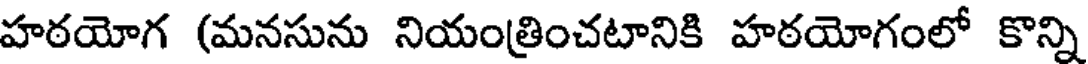
హఠయోగ (మనసును నియంత్రించటానికి హఠయోగంలో కొన్ని